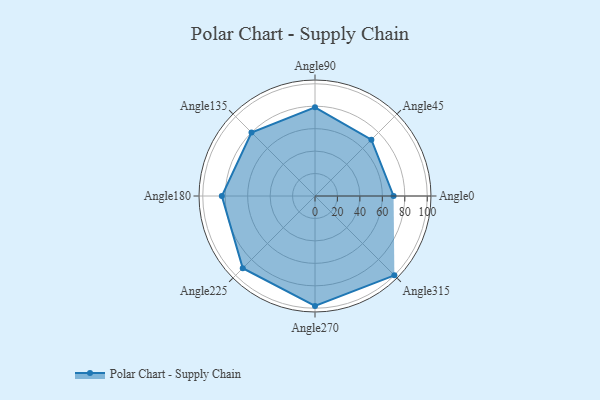
{"axis": {"x": "Angle", "y": "Radius"}, "legend": [""], "data": [{"x": "Angle0", "y": 70.0, "type": ""}, {"x": "Angle45", "y": 71.0, "type": ""}, {"x": "Angle90", "y": 79.0, "type": ""}, {"x": "Angle135", "y": 80.0, "type": ""}, {"x": "Angle180", "y": 83.0, "type": ""}, {"x": "Angle225", "y": 91.0, "type": ""}, {"x": "Angle270", "y": 98.0, "type": ""}, {"x": "Angle315", "y": 100.0, "type": ""}]}